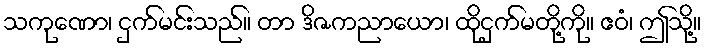
သကုဏော၊ ငှက်မင်းသည်။ တာ ဒိဇကညာယော၊ ထိုငှက်မတို့ကို။ ဧဝံ၊ ဤသို့။